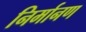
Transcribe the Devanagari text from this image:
निर्मानण